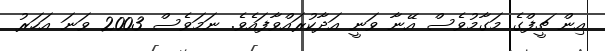
އިން ޗީފްގެ މަގާމުވެސް އޭނާ ވަނީ އަދާކުރައްވާފައެވެ. ނަމަވެސް 2003 ވަނަ އަހަރު